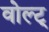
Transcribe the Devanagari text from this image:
वोल्ट्